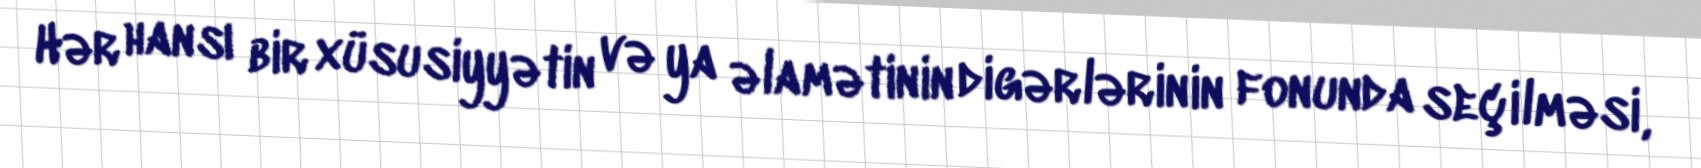
Hər hansı bir xüsusiyyətin və ya əlamətinin digərlərinin fonunda seçilməsi,